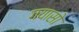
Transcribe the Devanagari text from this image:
गयासो